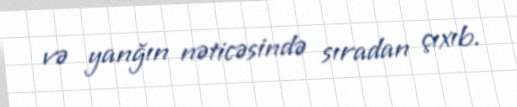
və yanğın nəticəsində sıradan çıxıb.